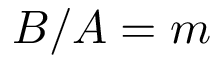
B / A = m